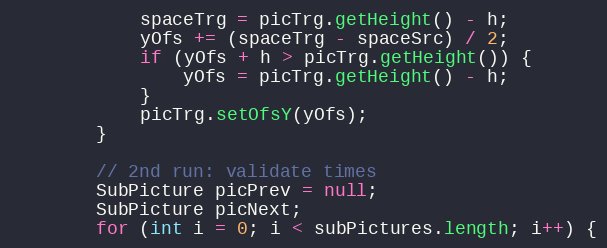
Language: Java
			spaceTrg = picTrg.getHeight() - h;
			yOfs += (spaceTrg - spaceSrc) / 2;
			if (yOfs + h > picTrg.getHeight()) {
				yOfs = picTrg.getHeight() - h;
			}
			picTrg.setOfsY(yOfs);
		}

		// 2nd run: validate times
		SubPicture picPrev = null;
		SubPicture picNext;
		for (int i = 0; i < subPictures.length; i++) {